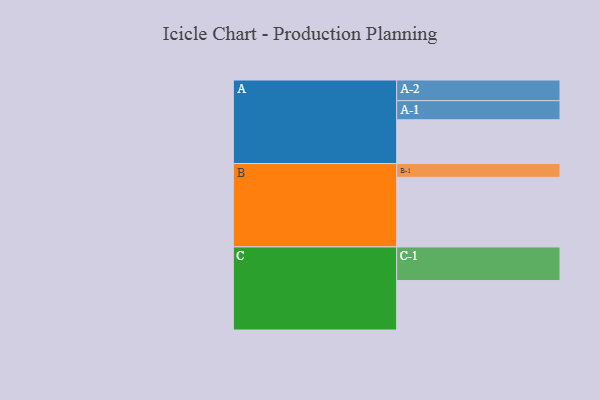
{"axis": {"x": "Segment", "y": "Value"}, "legend": ["", "A", "B", "C"], "data": [{"x": "A", "y": 368, "type": ""}, {"x": "B", "y": 586, "type": ""}, {"x": "C", "y": 416, "type": ""}, {"x": "A-1", "y": 161, "type": "A"}, {"x": "A-2", "y": 174, "type": "A"}, {"x": "B-1", "y": 116, "type": "B"}, {"x": "C-1", "y": 283, "type": "C"}]}